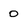
Character: 0